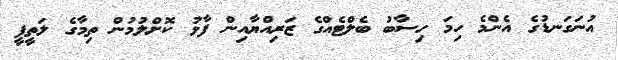
އުނަގަނޑުގެ އެންމެ ހިމަ ހިސާބު ބެލްޓެއްގެ ޒަރިއްޔާއިން ފާޅު ކޮށްލުމުން ތިމާގެ ލަތީފީ